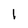
Character: l